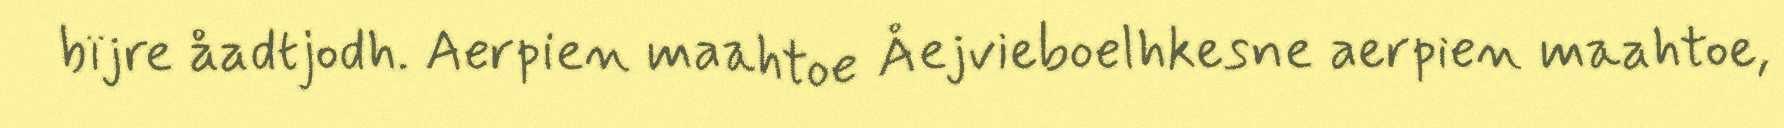
bïjre åadtjodh. Aerpien maahtoe Åejvieboelhkesne aerpien maahtoe,